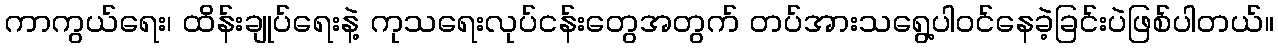
ကာကွယ်ရေး၊ ထိန်းချုပ်ရေးနဲ့ ကုသရေးလုပ်ငန်းတွေအတွက် တပ်အားသရွေ့ပါဝင်နေခဲ့ခြင်းပဲဖြစ်ပါတယ်။